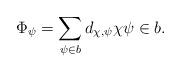
LaTeX: \begin{align*}\Phi_\psi=\sum_{\psi\in b}d_{\chi,\psi}\chi\psi\in b.\end{align*}